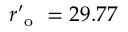
r _ { \mathrm { ~ o ~ } } ^ { \prime } = 2 9 . 7 7